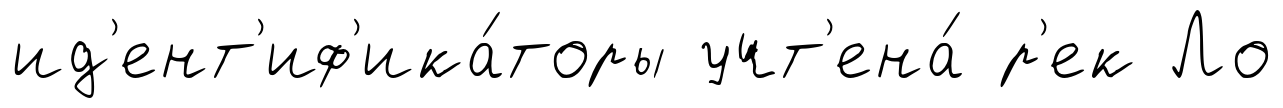
ид'ент'иф'ика́торы учт'ена́ р'ек Ло